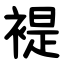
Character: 褆